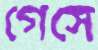
গেসে